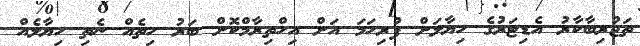
ތަޖުރިބާކާރު އެޑިޓަރުގެ ހިޔާލަށް ފުރިހަމަ އަށް އިހްތިރާމްކޮށް ބަރު ހިތެއް ނެތި ހިޔާލެއް